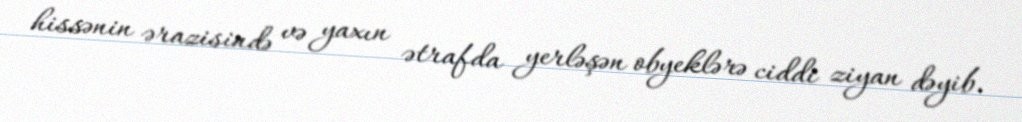
hissənin ərazisində və yaxın ətrafda yerləşən obyeklərə ciddi ziyan dəyib.